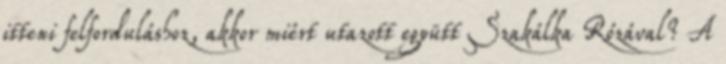
itteni felforduláshoz, akkor miért utazott együtt Szakálka Rózával? A